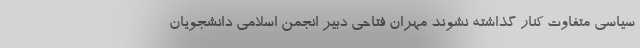
سیاسی متفاوت کنار گذاشته نشوند مهران فتاحی دبیر انجمن اسلامی دانشجویان